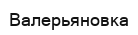
Валерьяновка